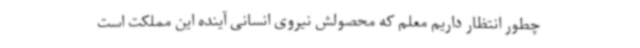
چطور انتظار داریم معلم که محصولش نیروی انسانی آینده این مملکت است